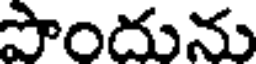
పొందును